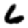
Digit: 6